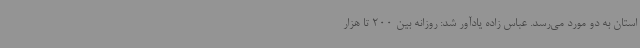
استان به دو مورد می‌رسد. عباس زاده یادآور شد: روزانه بین 200 تا هزار